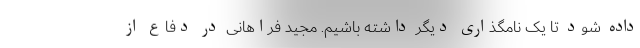
داده شود تا یک نامگذاری دیگر داشته باشیم. مجید فراهانی در دفاع از